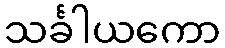
သင်္ခါယကော